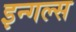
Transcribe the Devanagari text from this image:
इन्गल्स